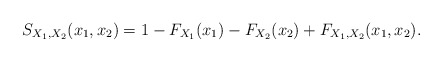
\begin{align*}S_{X_{1},X_{2}}(x_{1},x_{2})=1-F_{X_{1}}(x_{1})-F_{X_{2}}(x_{2})+F_{X_{1},X_{2}}(x_{1},x_{2}).\end{align*}